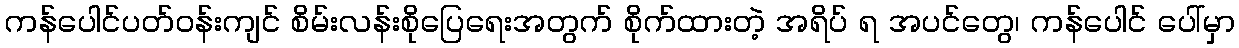
ကန်ပေါင်ပတ်ဝန်းကျင် စိမ်းလန်းစိုပြေရေးအတွက် စိုက်ထားတဲ့ အရိပ် ရ အပင်တွေ၊ ကန်ပေါင် ပေါ်မှာ